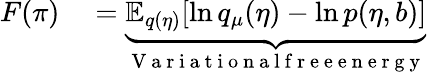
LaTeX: \begin{array}{rl}{F(\pi)}&{{}=\underbrace{{{\mathbb{E}}_{q(\eta)}}[\ln{{q}_{\mu}}(\eta)-\ln p(\eta,b)]}_{\mathrm{~V~a~r~i~a~t~i~o~n~a~l~f~r~e~e~e~n~e~r~g~y~}}}\end{array}